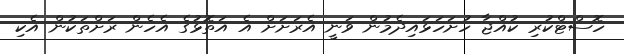
ހޮސްޓްކުރި ކުއްޖާ ހުށަހަޅައިދެމުން ވަނީ އެރަށަށް އެ އަތޮޅުގެ އެހެން ރަށްތަކުން އެކި